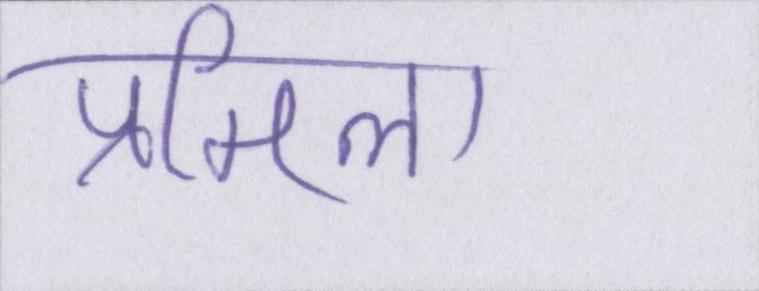
प्रमिला